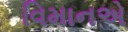
વિમાનએ